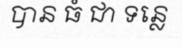
បាន ធំ ជា ទន្លេ